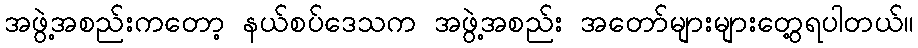
အဖွဲ့အစည်းကတော့ နယ်စပ်ဒေသက အဖွဲ့အစည်း အတော်များများတွေ့ရပါတယ်။